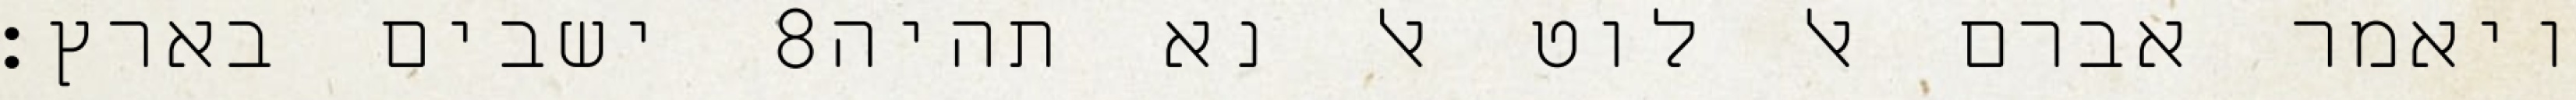
ישבים בארץ׃ ‎8‏ ויאמר אברם אל לוט אל נא תהיה